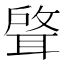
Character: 𫆈